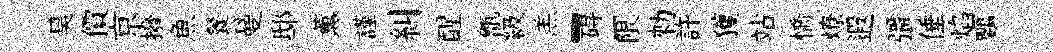
昊價亰撥魚餐曼邸薫謹糾醒甑級羔-碍一限勑許獲站憍燎遐彊倕焰鸚